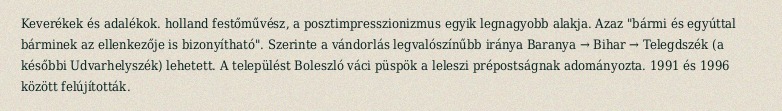
Keverékek és adalékok. holland festőművész, a posztimpresszionizmus egyik legnagyobb alakja. Azaz "bármi és egyúttal bárminek az ellenkezője is bizonyítható". Szerinte a vándorlás legvalószínűbb iránya Baranya → Bihar → Telegdszék (a későbbi Udvarhelyszék) lehetett. A települést Boleszló váci püspök a leleszi prépostságnak adományozta. 1991 és 1996 között felújították.